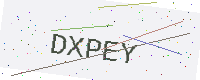
Text: DXPEY